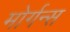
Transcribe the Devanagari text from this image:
मोर्गन्स